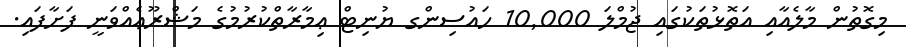
މިގޮތުން މާލެއާއި އަތޮޅުތަކުގައި ޖުމްލަ 10